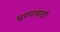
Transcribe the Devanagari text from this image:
प्राण्यांवरही